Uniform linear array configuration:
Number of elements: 4
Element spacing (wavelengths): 0.75
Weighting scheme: exponential
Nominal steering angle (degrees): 15
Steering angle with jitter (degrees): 14.889
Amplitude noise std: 0.05
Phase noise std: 0.05

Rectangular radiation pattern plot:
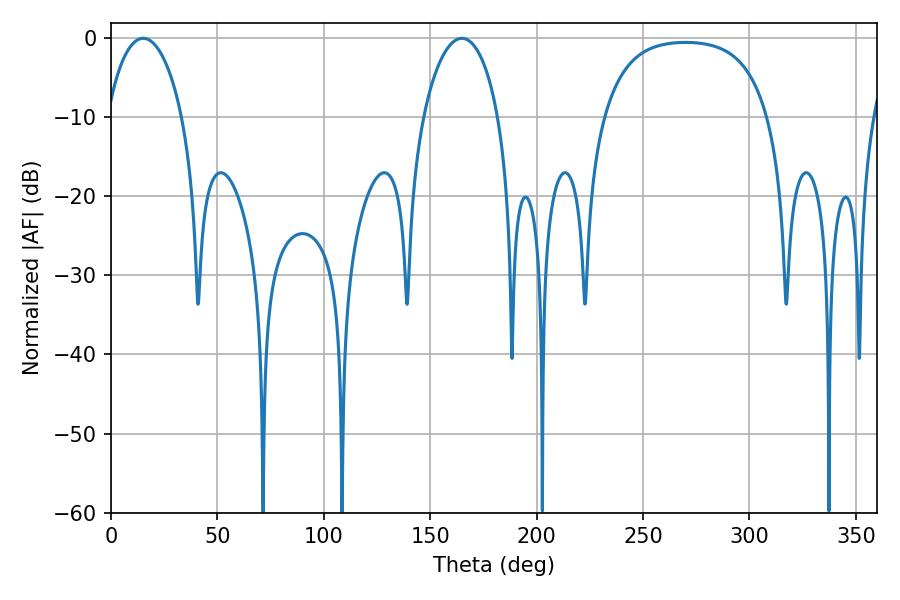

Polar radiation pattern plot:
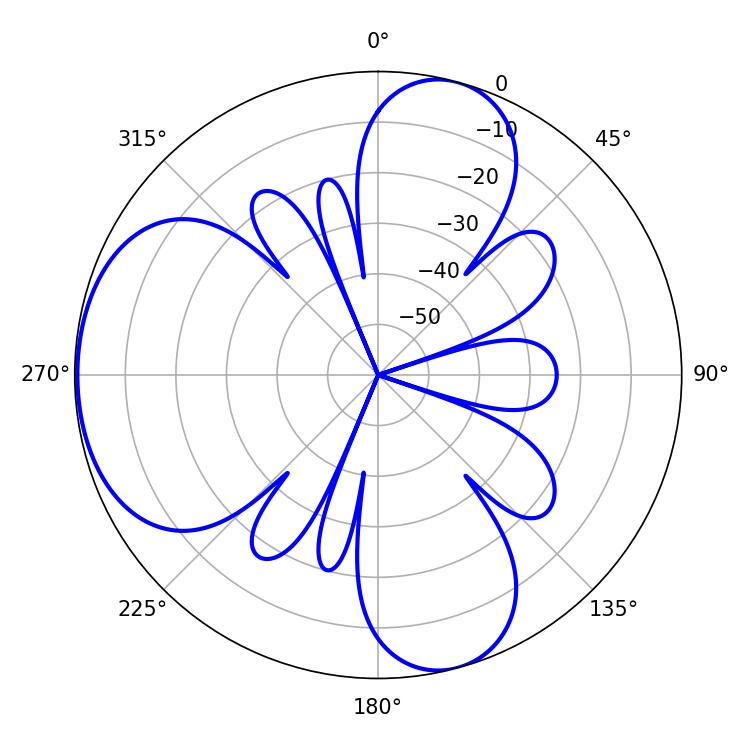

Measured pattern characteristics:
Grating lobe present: TRUE
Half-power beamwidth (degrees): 20.16
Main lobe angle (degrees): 15.12